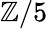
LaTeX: \mathbb{Z}/5